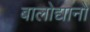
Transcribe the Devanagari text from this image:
बालोद्यानों